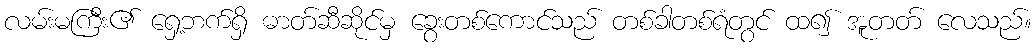
လမ်းမကြီး၏ ရှေ့ဘက်ရှိ ဓာတ်ဆီဆိုင်မှ ခွေးတစ်ကောင်သည် တစ်ခါတစ်ရံတွင် ထ၍ အူတတ် လေသည်။